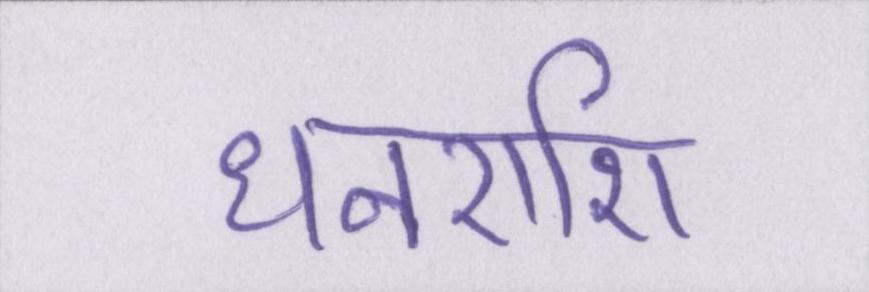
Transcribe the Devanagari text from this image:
धनराशि